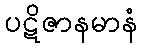
ပဋိဇာနမာနံ